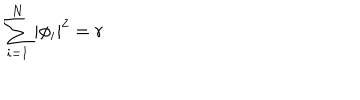
\sum _ { i = 1 } ^ { N } | \phi _ { i } | ^ { 2 } = r